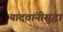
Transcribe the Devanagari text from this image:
यादवांनीसुद्धा